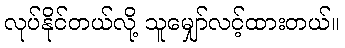
လုပ်နိုင်တယ်လို့ သူမျှော်လင့်ထားတယ်။